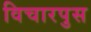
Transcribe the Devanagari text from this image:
विचारपुस